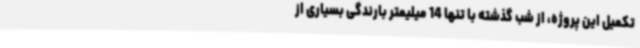
تکمیل این پروژه، از شب گذشته با تنها 14 میلیمتر بارندگی بسیاری از